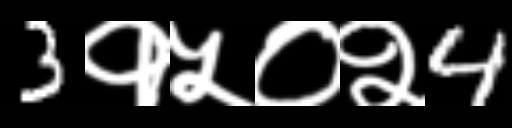
Text: 3१५०२4